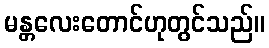
မန္တလေးတောင်ဟုတွင်သည်။